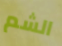
الشم